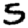
Digit: 5